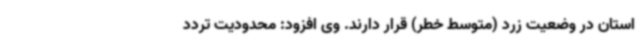
استان در وضعیت زرد (متوسط خطر) قرار دارند. وی افزود: محدودیت تردد